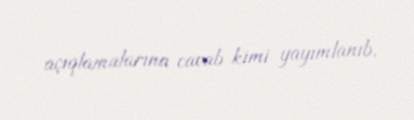
açıqlamalarına cavab kimi yayımlanıb.